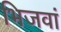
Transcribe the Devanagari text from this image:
भिजवां